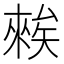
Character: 𥏳